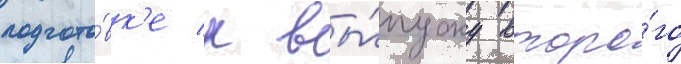
подгото́вк'е к вы́пуску второ́го